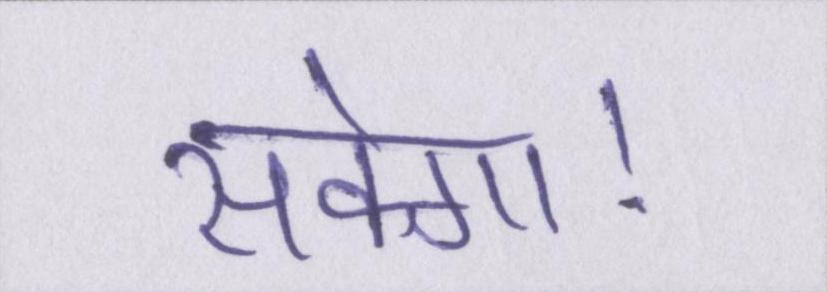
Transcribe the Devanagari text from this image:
सकेगा।